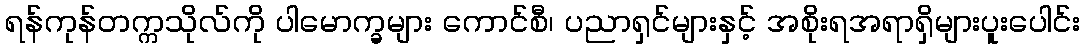
ရန်ကုန်တက္ကသိုလ်ကို ပါမောက္ခများ ကောင်စီ၊ ပညာရှင်များနှင့် အစိုးရအရာရှိများပူးပေါင်း